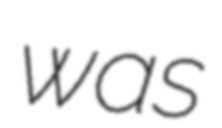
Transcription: was